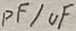
Text: pF/uF